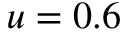
u = 0 . 6